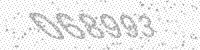
Solution: 068993